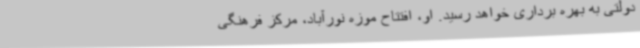
دولتی به بهره برداری خواهد رسید. او، افتتاح موزه نورآباد، مرکز فرهنگی